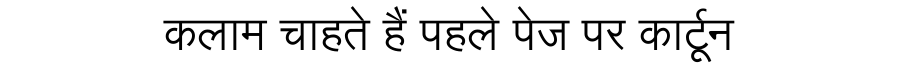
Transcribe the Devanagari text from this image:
कलाम चाहते हैं पहले पेज पर कार्टून